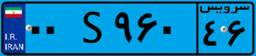
۰۰S۹۶۰۴۶